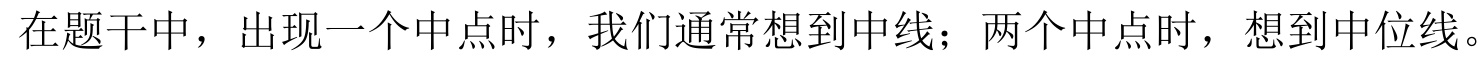
在题干中，出现一个中点时，我们通常想到中线；两个中点时，想到中位线。